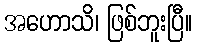
အဟောသိ၊ ဖြစ်ဘူးပြီ။